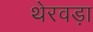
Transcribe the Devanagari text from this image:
थेरवड़ा